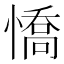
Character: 憍